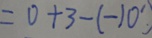
= 0 + 3 - ( - 1 0 )